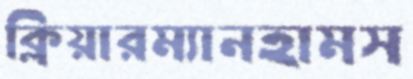
ক্লিয়ারম্যানহামস